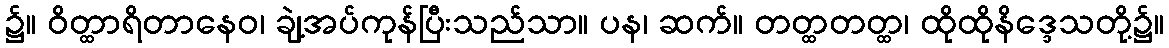
၌။ ဝိတ္ထာရိတာနေဝ၊ ချဲ့အပ်ကုန်ပြီးသည်သာ။ ပန၊ ဆက်။ တတ္ထတတ္ထ၊ ထိုထိုနိဒ္ဒေသတို့၌။